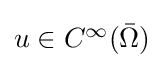
{\textstyle u\in C^{\infty }({\bar {\Omega }})}